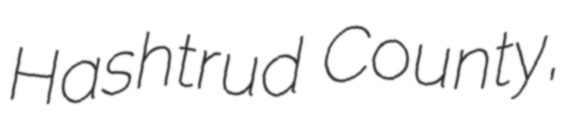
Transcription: Hashtrud County,